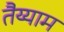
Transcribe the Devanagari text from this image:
तैय्याम